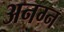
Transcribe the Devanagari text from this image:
अनग्न